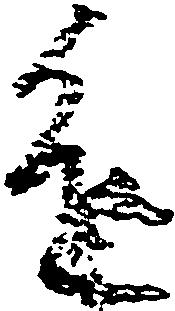
進